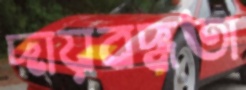
দায়বদ্ধতা